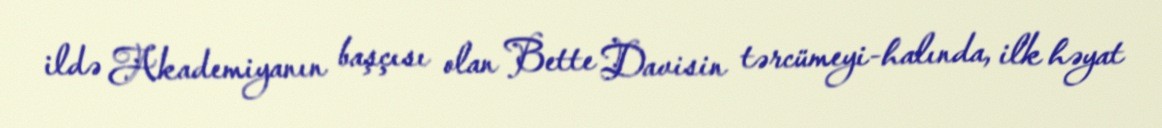
ildə Akademiyanın başçısı olan Bette Davisin tərcümeyi-halında, ilk həyat